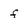
Character: f